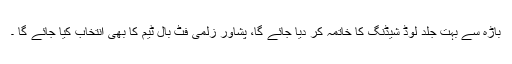
باڑہ سے بہت جلد لوڈ شیڈنگ کا خاتمہ کر دیا جائے گا، پشاور زلمی فٹ بال ٹیم کا بھی انتخاب کیا جائے گا ۔